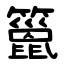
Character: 䉭